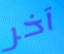
آخر